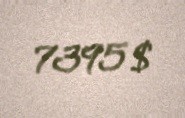
7395 $